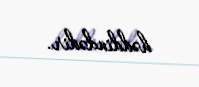
həddindədir.